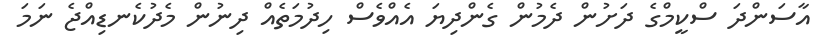
އާސަންދަ ސްކީމްގެ ދަށުން ދެމުން ގެންދިޔަ އެއްވެސް ހިދުމަތެއް ދިނުން މެދުކެނޑިއްޖެ ނަމަ